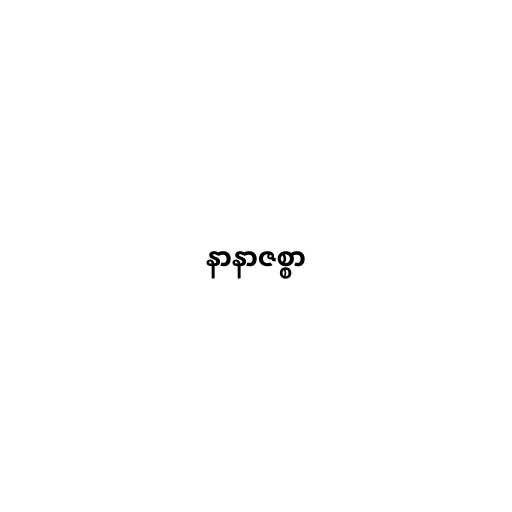
နာနာဇစ္စာ